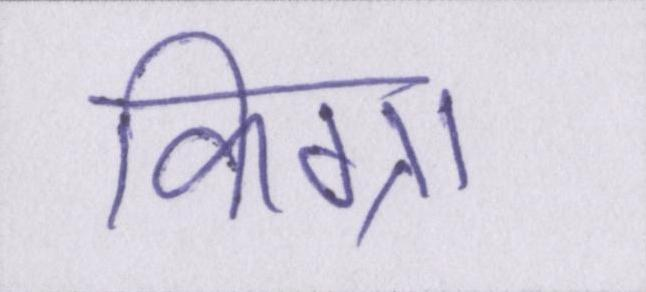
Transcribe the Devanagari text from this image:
किग्रा